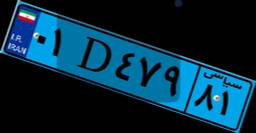
۵۷D۸۴۸۳۶